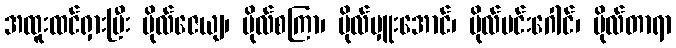
အထူးထင်ရှားပြီး ဗိုလ်ဇေယျ၊ ဗိုလ်စကြာ၊ ဗိုလ်မှူးအောင်၊ ဗိုလ်မင်းဂေါင်၊ ဗိုလ်တာရာ